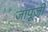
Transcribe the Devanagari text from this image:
जापूजी